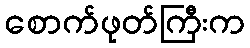
စောက်ဖုတ်ကြီးက